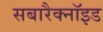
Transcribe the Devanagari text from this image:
सबारैक्नॉइड